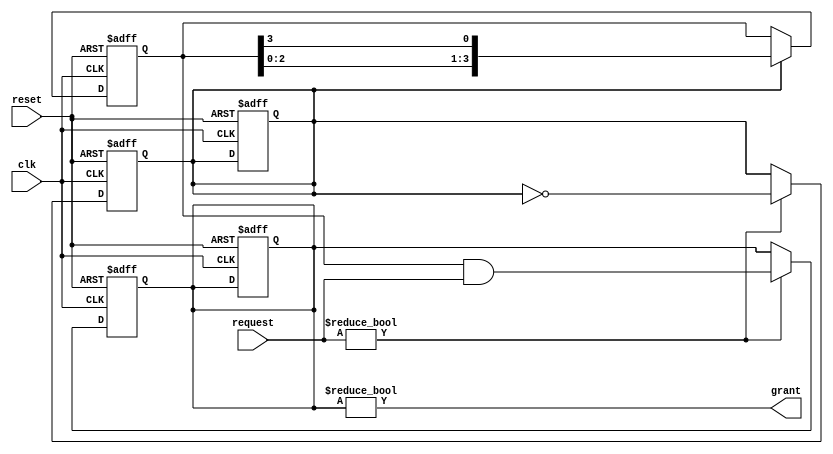
module round_robin_arbiter (
    input wire clk,           // Clock input
    input wire reset,         // Reset input
    input wire [NUM_DEVICES-1:0] request,   // Input request signals from devices
    output wire grant         // Output grant signal for selected device
);

parameter NUM_DEVICES = 4;   // Number of competing devices

reg [NUM_DEVICES-1:0] priority;   // Priority register for round-robin scheduling
reg [NUM_DEVICES-1:0] grant_reg;  // Grant register for selected device
reg round_robin;                 // Round-robin toggle bit

always @(posedge clk or posedge reset) begin
    if (reset) begin
        priority <= {NUM_DEVICES{1'b0}};
        grant_reg <= {NUM_DEVICES{1'b0}};
        round_robin <= 1'b0;
    end else begin
        if (round_robin) begin
            priority <= {priority[NUM_DEVICES-2:0], priority[NUM_DEVICES-1]};
        end else begin
            priority <= priority;
        end
    end
end

always @(posedge clk or posedge reset) begin
    if (reset) begin
        grant_reg <= {NUM_DEVICES{1'b0}};
    end else begin
        if (request != 0) begin
            grant_reg <= priority & request;
        end
    end
end

always @(posedge clk or posedge reset) begin
    if (reset) begin
        round_robin <= 1'b0;
    end else begin
        if (request != 0) begin
            round_robin <= ~round_robin;
        end
    end
end

assign grant = grant_reg != 0;

endmodule